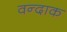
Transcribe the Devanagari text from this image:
वन्दाक